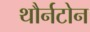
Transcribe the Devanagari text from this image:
थौर्नटोन